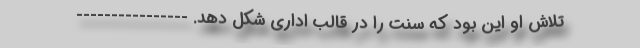
تلاش او این بود که سنت را در قالب اداری شکل دهد. ----------------